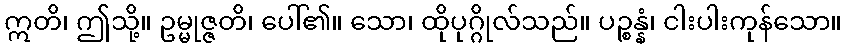
ဣတိ၊ ဤသို့။ ဥမ္မုဇ္ဇတိ၊ ပေါ်၏။ သော၊ ထိုပုဂ္ဂိုလ်သည်။ ပဉ္စန္နံ၊ ငါးပါးကုန်သော။